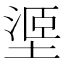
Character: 𱗧